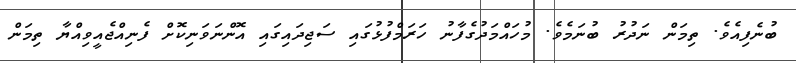
ބުނެފިއެވެ. ތިމަން ނަދުރު ބުނަމެވެ. މުހައްމަދުގެފާނު ހަރަމްފުޅުގައި ސަޖިދައިގައި އޮންނަވަނިކޮށް ފެނިއްޖެއީވިއްޔާ ތިމަން